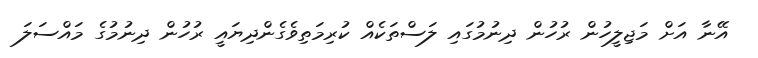
އޭނާ އަށް މަޖިލީހުން ރުހުން ދިނުމުގައި ލަސްތަކެއް ކުރިމަތިވެގެންދިޔައީ ރުހުން ދިނުމުގެ މައްސަލަ